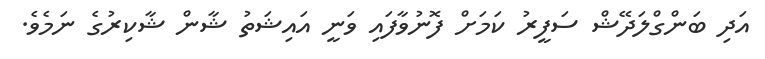
އަދި ބަންގްލަދޭޝް ސަފީރު ކަމަށް ފޮނުވާފައި ވަނީ އައިޝަތު ޝާން ޝާކިރުގެ ނަމެވެ.